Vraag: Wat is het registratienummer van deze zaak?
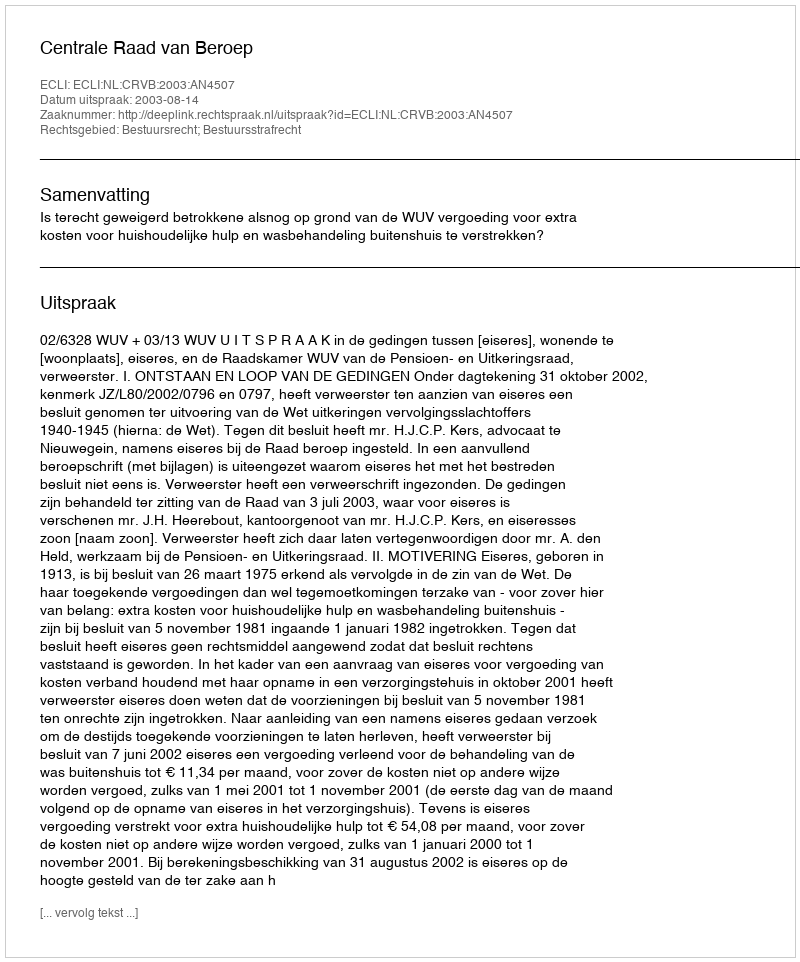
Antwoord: http://deeplink.rechtspraak.nl/uitspraak?id=ECLI:NL:CRVB:2003:AN4507